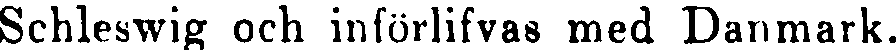
Schleswig och införlifvas med Danmark.